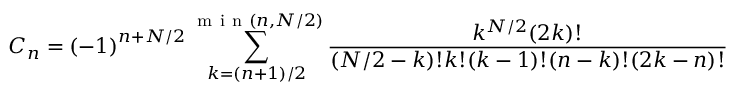
C _ { n } = \left( - 1 \right) ^ { n + N / 2 } \sum _ { k = \left( n + 1 \right) / 2 } ^ { \mathrm { ~ m ~ i ~ n ~ } \left( n , N / 2 \right) } \frac { k ^ { N / 2 } ( 2 k ) ! } { ( N / 2 - k ) ! k ! ( k - 1 ) ! ( n - k ) ! ( 2 k - n ) ! }